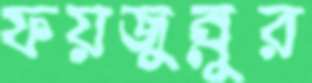
ফয়জুন্নুর